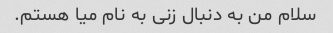
سلام من به دنبال زنی به نام میا هستم.